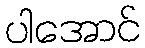
ပါအောင်